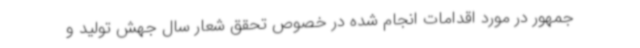
جمهور در مورد اقدامات انجام شده در خصوص تحقق شعار سال جهش تولید و